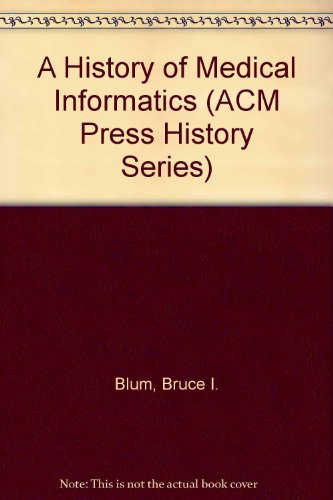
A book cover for A History of Medical Informatics (ACM Press History Series); Bruce I. Blum; Medical Books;